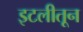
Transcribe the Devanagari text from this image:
इटलीतून